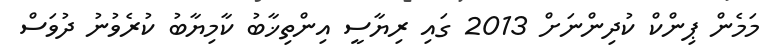
މަމެން ޕިންކް ކުދިންނަށް 2013 ގައި ރިޔާސީ އިންތިޚާބު ކާމިޔާބު ކުރެވުނު ދުވަސް